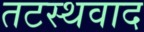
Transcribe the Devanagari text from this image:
तटस्थवाद